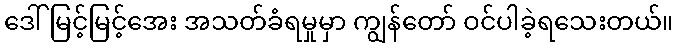
ဒေါ်မြင့်မြင့်အေး အသတ်ခံရမှုမှာ ကျွန်တော် ဝင်ပါခဲ့ရသေးတယ်။